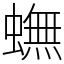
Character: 蟱